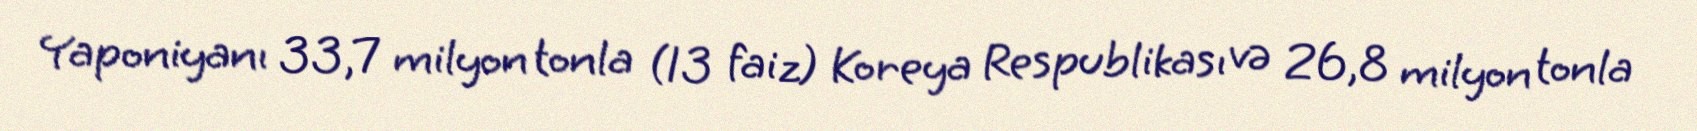
Yaponiyanı 33,7 milyon tonla (13 faiz) Koreya Respublikası və 26,8 milyon tonla